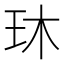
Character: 𬍓